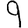
Digit: 9